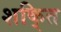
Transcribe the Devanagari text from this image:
शकि्त